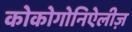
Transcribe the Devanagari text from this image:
कोकोगोनिऐलीज़